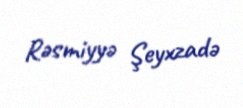
Rəsmiyyə Şeyxzadə